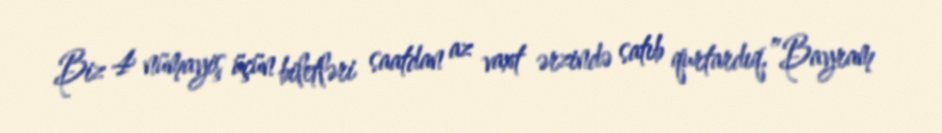
Biz 4 nümayiş üçün biletləri saatdan az vaxt ərzində satıb qurtardıq.”Bayram